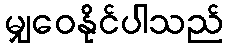
မျှဝေနိုင်ပါသည်